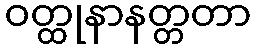
ဝတ္ထုနာနတ္တတာ